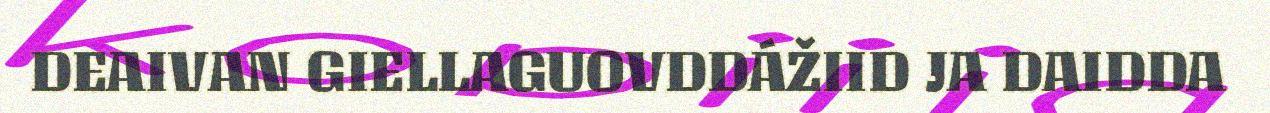
DEAIVAN GIELLAGUOVDDÁŽIID JA DAIDDA